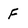
Character: F